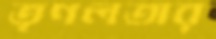
তৃণলতার